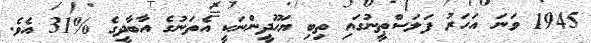
1945 ވަނަ އަހަރު ފަލަސްޠީނުގައި ތިބި ޔަހޫދީންނަކީ އެތަނުގެ އާބާދީގެ %31 އެވެ.